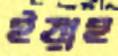
ইয়াহ